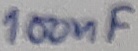
Text: 100nF